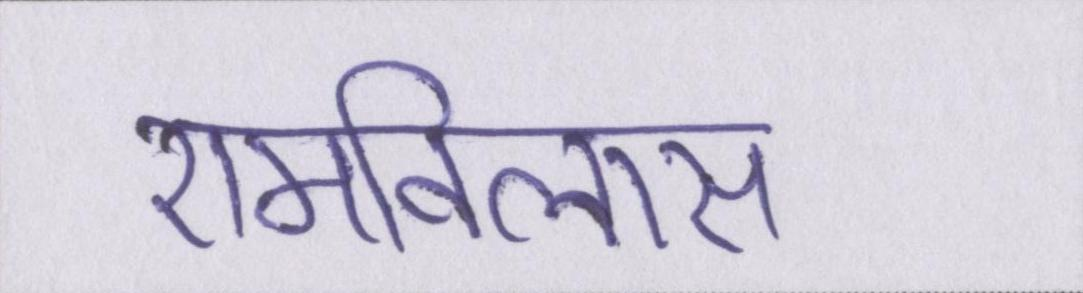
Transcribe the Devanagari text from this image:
रामविलास